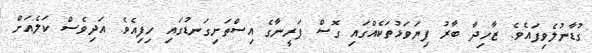
ގުޑާނުލެވިފައެވެ. ޒާހިދާ ބާރު ފިޔަވަޅުތަކެއްގައި ގޮސް ފަރީނާގެ އިސްތަށިގަނޑުގައި ހިފިއެވެ. އަދިވެސް ކަލެއަށް